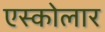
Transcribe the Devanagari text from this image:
एस्कोलार